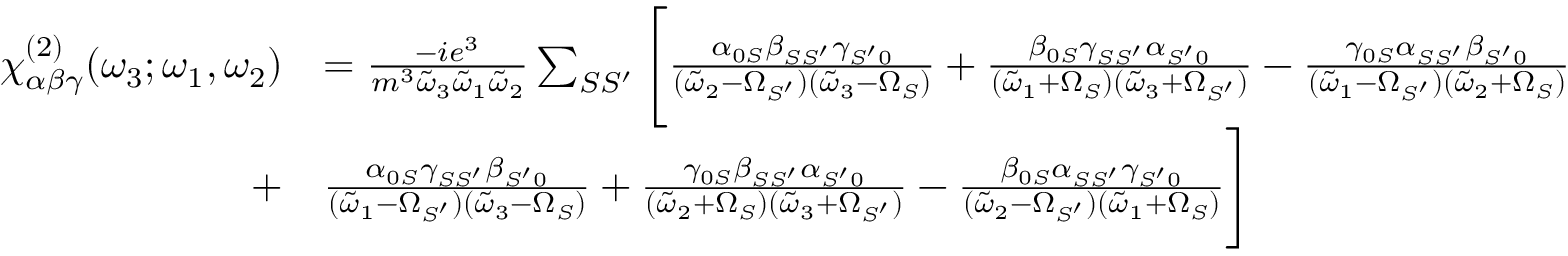
\begin{array} { r l } { \chi _ { \alpha \beta \gamma } ^ { ( 2 ) } ( \omega _ { 3 } ; \omega _ { 1 } , \omega _ { 2 } ) } & { = \frac { - i e ^ { 3 } } { m ^ { 3 } \Tilde { \omega } _ { 3 } \Tilde { \omega } _ { 1 } \Tilde { \omega } _ { 2 } } \sum _ { S S ^ { \prime } } \Bigg [ \frac { \alpha _ { 0 S } \beta _ { S S ^ { \prime } } \gamma _ { S ^ { \prime } 0 } } { ( \Tilde { \omega } _ { 2 } - \Omega _ { S ^ { \prime } } ) ( \Tilde { \omega } _ { 3 } - \Omega _ { S } ) } + \frac { \beta _ { 0 S } \gamma _ { S S ^ { \prime } } \alpha _ { S ^ { \prime } 0 } } { ( \Tilde { \omega } _ { 1 } + \Omega _ { S } ) ( \Tilde { \omega } _ { 3 } + \Omega _ { S ^ { \prime } } ) } - \frac { \gamma _ { 0 S } \alpha _ { S S ^ { \prime } } \beta _ { S ^ { \prime } 0 } } { ( \Tilde { \omega } _ { 1 } - \Omega _ { S ^ { \prime } } ) ( \Tilde { \omega } _ { 2 } + \Omega _ { S } ) } } \\ { + } & { \frac { \alpha _ { 0 S } \gamma _ { S S ^ { \prime } } \beta _ { S ^ { \prime } 0 } } { ( \Tilde { \omega } _ { 1 } - \Omega _ { S ^ { \prime } } ) ( \Tilde { \omega } _ { 3 } - \Omega _ { S } ) } + \frac { \gamma _ { 0 S } \beta _ { S S ^ { \prime } } \alpha _ { S ^ { \prime } 0 } } { ( \Tilde { \omega } _ { 2 } + \Omega _ { S } ) ( \Tilde { \omega } _ { 3 } + \Omega _ { S ^ { \prime } } ) } - \frac { \beta _ { 0 S } \alpha _ { S S ^ { \prime } } \gamma _ { S ^ { \prime } 0 } } { ( \Tilde { \omega } _ { 2 } - \Omega _ { S ^ { \prime } } ) ( \Tilde { \omega } _ { 1 } + \Omega _ { S } ) } \Bigg ] } \end{array}